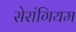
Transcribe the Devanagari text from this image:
सेरांगियम